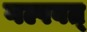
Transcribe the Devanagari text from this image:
गल्पवत्